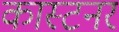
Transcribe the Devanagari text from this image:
कास्टनर